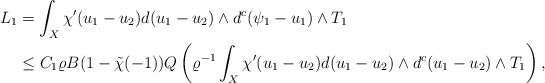
\begin{align*} L_1&=\int_X\chi'(u_1-u_2)d(u_1-u_2)\wedge d^c(\psi_1-u_1)\wedge T_1\\ &\leq C_1\varrho B (1-\tilde{\chi}(-1))Q\left(\varrho^{-1}\int_X\chi'(u_1-u_2)d(u_1-u_2)\wedge d^c(u_1-u_2)\wedge T_1\right), \end{align*}